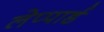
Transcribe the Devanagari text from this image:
लेप्पार्ड